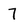
Character: 7